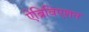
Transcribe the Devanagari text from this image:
ऐब्रिविएशन